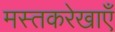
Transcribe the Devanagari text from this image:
मस्तकरेखाएँ